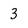
Character: 3